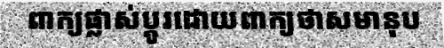
ពាក្យផ្លាស់ប្តូរដោយពាក្យថាសមានុប